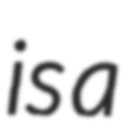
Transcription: is a